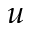
\boldsymbol { u }